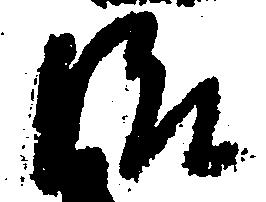
治